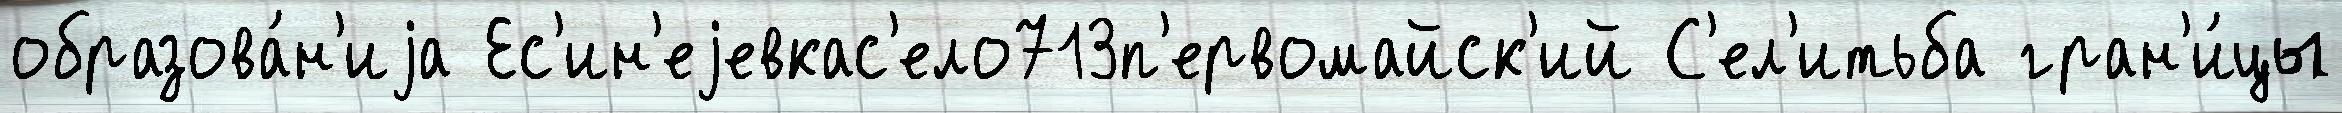
образова́н'иjа Ес'ин'еjевкас'ело713п'ервомайск'ий С'ел'итьба гран'и́цы